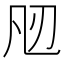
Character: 𭂮